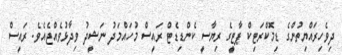
ދިވެހިރައްޔިތުންގެ ޑިމޮކްރަޓިކް ޕާޓީގެ ރިޔާސީ ކެންޑިޑެޓް ރައީސް މުހައްމަދު ނަޝީދު ވިދާޅުވެއްޖެއެވެ. ރައީސް